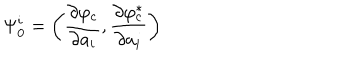
LaTeX: \Psi _ { 0 } ^ { i } = \left( \frac { \partial \varphi _ { c } } { \partial a _ { i } } , \frac { \partial \varphi _ { c } ^ { \ast } } { \partial a _ { i } } \right)